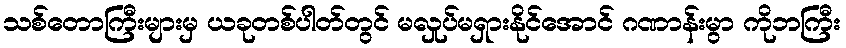
သစ်တောကြီးများမှ ယခုတစ်ပါတ်တွင် မလှုပ်မရှားနိုင်အောင် ဂဏာန်းမွာ ကိုဘကြီး